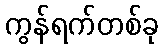
ကွန်ရက်တစ်ခု